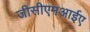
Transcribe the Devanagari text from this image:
जीसीएमआईए